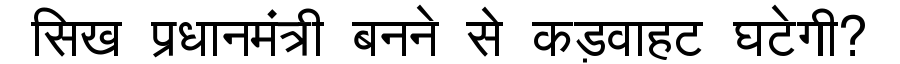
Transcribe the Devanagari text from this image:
सिख प्रधानमंत्री बनने से कड़वाहट घटेगी?